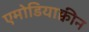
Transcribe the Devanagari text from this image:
एमोडियाक्वीन